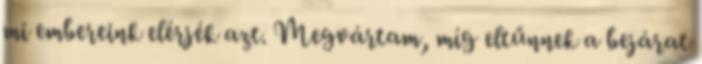
mi embereink elérjék azt. Megvártam, míg eltűnnek a bejárat